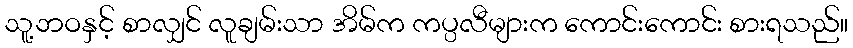
သူ့ဘဝနှင့် စာလျှင် လူချမ်းသာ အိမ်က ကပ္ပလီများက ကောင်းကောင်း စားရသည်။